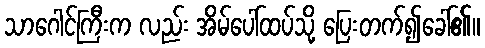
သာဂေါင်ကြီးက လည်း အိမ်ပေါ်ထပ်သို့ ပြေးတက်၍ခေါ်၏။